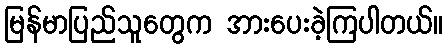
မြန်မာပြည်သူတွေက အားပေးခဲ့ကြပါတယ်။